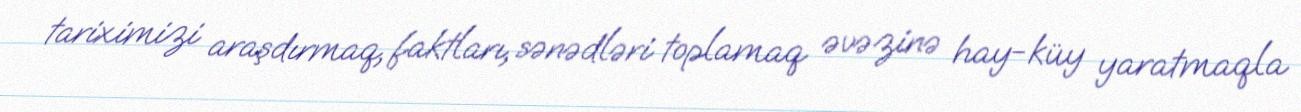
tariximizi araşdırmaq, faktları, sənədləri toplamaq əvəzinə hay-küy yaratmaqla